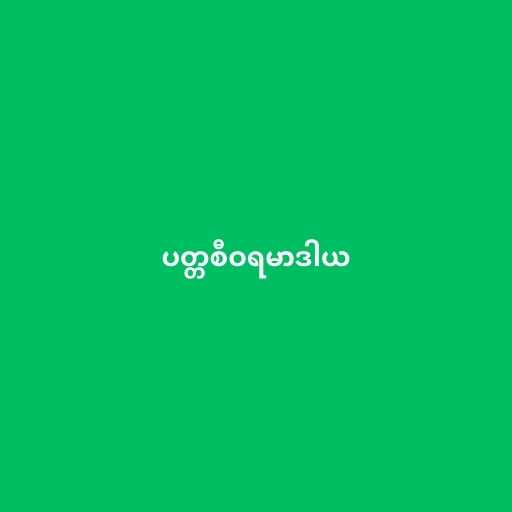
ပတ္တစီဝရမာဒါယ